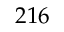
2 1 6